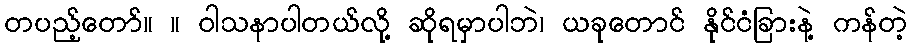
တပည့်တော်။ ။ ဝါသနာပါတယ်လို့ ဆိုရမှာပါဘဲ၊ ယခုတောင် နိုင်ငံခြားနဲ့ ကန်တဲ့